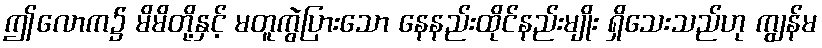
ဤလောက၌ မိမိတို့နှင့် မတူကွဲပြားသော နေနည်းထိုင်နည်းမျိုး ရှိသေးသည်ဟု ကျွန်မ